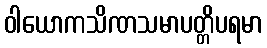
ဝါယောကသိဏသမာပတ္တိပရမာ